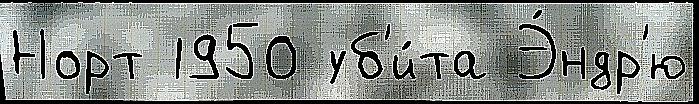
Норт 1950 уб'и́та Э́ндр'ю